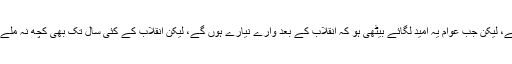
کہنے کو تو یہ ایک لفظ ہے، لیکن جب عوام یہ امید لگائے بیٹھی ہو کہ انقلاب کے بعد وارے نیارے ہوں گے، لیکن انقلاب کے کئی سال تک بھی کچھ نہ ملے تو اعتماد ٹوٹنے لگتا ہے۔